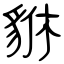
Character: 貅